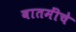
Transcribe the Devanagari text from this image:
बातमींचे